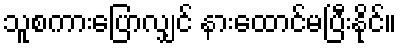
သူစကားပြောလျှင် နားထောင်မပြီးနိုင်။